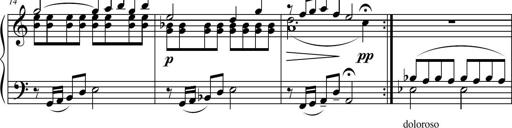
Title: Suite in the Old Style
Composer: Tyler Versluis